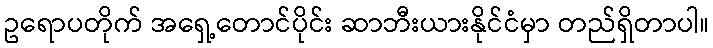
ဥရောပတိုက် အရှေ့တောင်ပိုင်း ဆာဘီးယားနိုင်ငံမှာ တည်ရှိတာပါ။